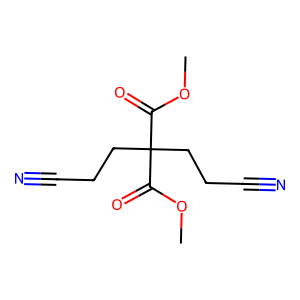
SMILES: COC(=O)C(CCC#N)(CCC#N)C(=O)OC
Inhibits HIV replication: No